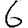
Digit: 6